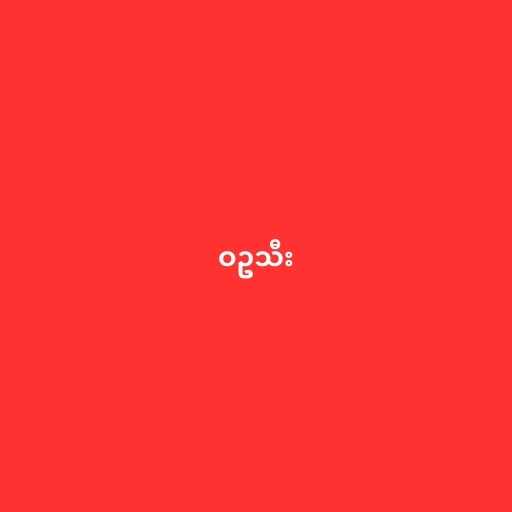
ဝဥသီး